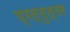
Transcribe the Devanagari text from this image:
प्रत्तुत्तर